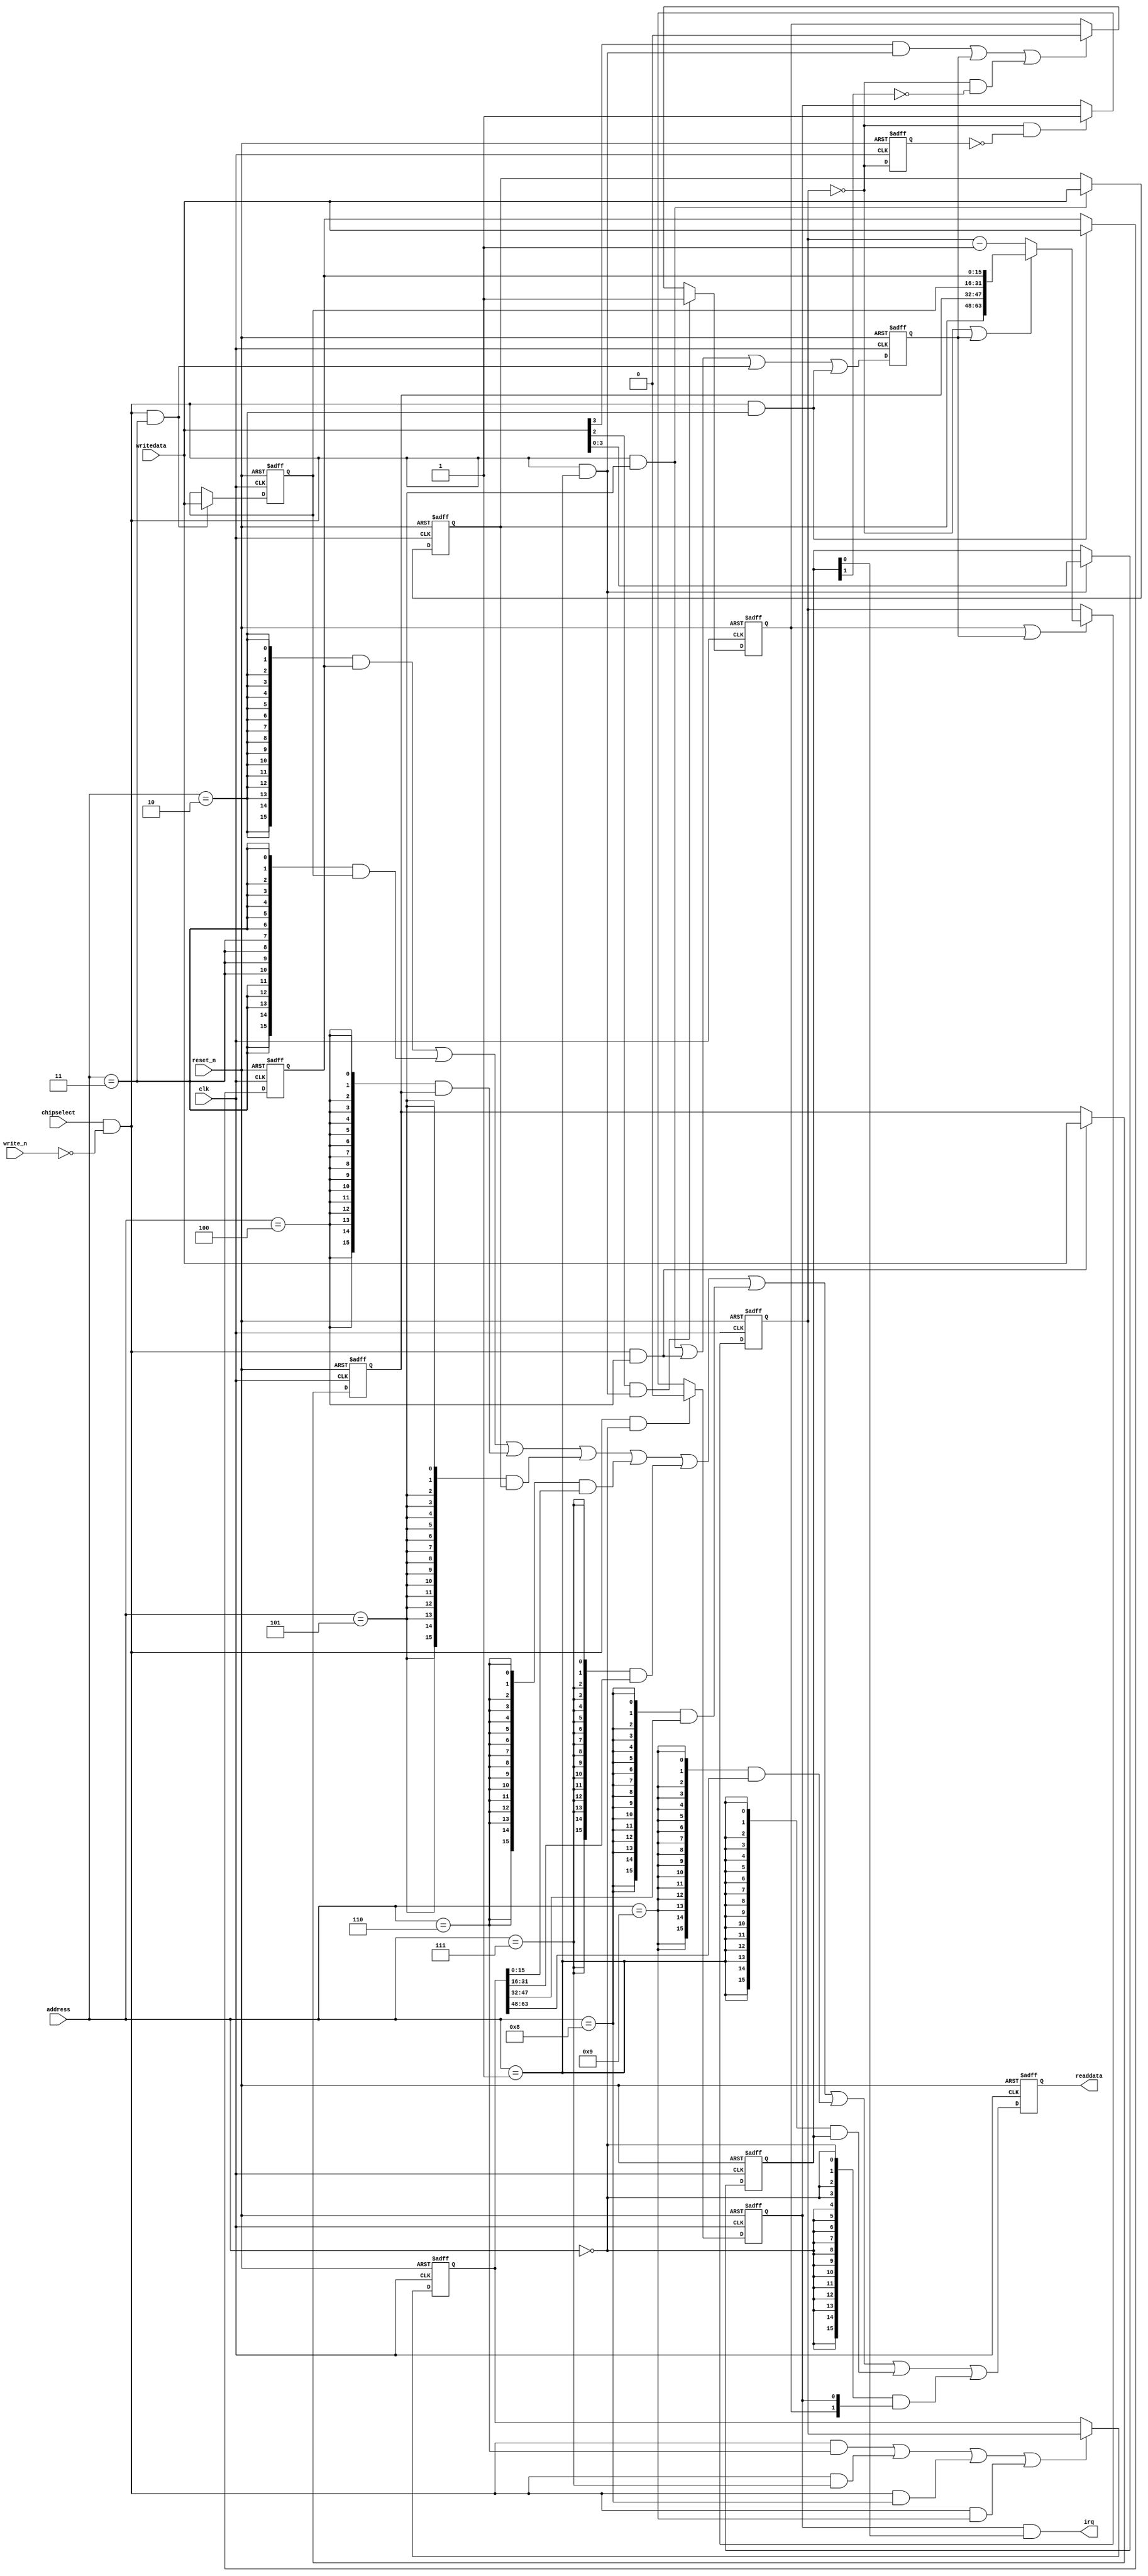
//Legal Notice: (C)2023 Altera Corporation. All rights reserved.  Your
//use of Altera Corporation's design tools, logic functions and other
//software and tools, and its AMPP partner logic functions, and any
//output files any of the foregoing (including device programming or
//simulation files), and any associated documentation or information are
//expressly subject to the terms and conditions of the Altera Program
//License Subscription Agreement or other applicable license agreement,
//including, without limitation, that your use is for the sole purpose
//of programming logic devices manufactured by Altera and sold by Altera
//or its authorized distributors.  Please refer to the applicable
//agreement for further details.

// synthesis translate_off
`timescale 1ns / 1ps
// synthesis translate_on

// turn off superfluous verilog processor warnings 
// altera message_level Level1 
// altera message_off 10034 10035 10036 10037 10230 10240 10030 

module lab62soc_timer_0 (
                          // inputs:
                           address,
                           chipselect,
                           clk,
                           reset_n,
                           write_n,
                           writedata,

                          // outputs:
                           irq,
                           readdata
                        )
;

  output           irq;
  output  [ 15: 0] readdata;
  input   [  3: 0] address;
  input            chipselect;
  input            clk;
  input            reset_n;
  input            write_n;
  input   [ 15: 0] writedata;


wire             clk_en;
wire             control_continuous;
wire             control_interrupt_enable;
reg     [  3: 0] control_register;
wire             control_wr_strobe;
reg              counter_is_running;
wire             counter_is_zero;
wire    [ 63: 0] counter_load_value;
reg     [ 63: 0] counter_snapshot;
reg              delayed_unxcounter_is_zeroxx0;
wire             do_start_counter;
wire             do_stop_counter;
reg              force_reload;
reg     [ 63: 0] internal_counter;
wire             irq;
reg     [ 15: 0] period_halfword_0_register;
wire             period_halfword_0_wr_strobe;
reg     [ 15: 0] period_halfword_1_register;
wire             period_halfword_1_wr_strobe;
reg     [ 15: 0] period_halfword_2_register;
wire             period_halfword_2_wr_strobe;
reg     [ 15: 0] period_halfword_3_register;
wire             period_halfword_3_wr_strobe;
wire    [ 15: 0] read_mux_out;
reg     [ 15: 0] readdata;
wire             snap_halfword_0_wr_strobe;
wire             snap_halfword_1_wr_strobe;
wire             snap_halfword_2_wr_strobe;
wire             snap_halfword_3_wr_strobe;
wire    [ 63: 0] snap_read_value;
wire             snap_strobe;
wire             start_strobe;
wire             status_wr_strobe;
wire             stop_strobe;
wire             timeout_event;
reg              timeout_occurred;
  assign clk_en = 1;
  always @(posedge clk or negedge reset_n)
    begin
      if (reset_n == 0)
          internal_counter <= 64'hC34F;
      else if (counter_is_running || force_reload)
          if (counter_is_zero    || force_reload)
              internal_counter <= counter_load_value;
          else 
            internal_counter <= internal_counter - 1;
    end


  assign counter_is_zero = internal_counter == 0;
  assign counter_load_value = {period_halfword_3_register,
    period_halfword_2_register,
    period_halfword_1_register,
    period_halfword_0_register};

  always @(posedge clk or negedge reset_n)
    begin
      if (reset_n == 0)
          force_reload <= 0;
      else if (clk_en)
          force_reload <= period_halfword_3_wr_strobe || period_halfword_2_wr_strobe || period_halfword_1_wr_strobe || period_halfword_0_wr_strobe;
    end


  assign do_start_counter = start_strobe;
  assign do_stop_counter = (stop_strobe                            ) ||
    (force_reload                           ) ||
    (counter_is_zero && ~control_continuous );

  always @(posedge clk or negedge reset_n)
    begin
      if (reset_n == 0)
          counter_is_running <= 1'b0;
      else if (clk_en)
          if (do_start_counter)
              counter_is_running <= -1;
          else if (do_stop_counter)
              counter_is_running <= 0;
    end


  //delayed_unxcounter_is_zeroxx0, which is an e_register
  always @(posedge clk or negedge reset_n)
    begin
      if (reset_n == 0)
          delayed_unxcounter_is_zeroxx0 <= 0;
      else if (clk_en)
          delayed_unxcounter_is_zeroxx0 <= counter_is_zero;
    end


  assign timeout_event = (counter_is_zero) & ~(delayed_unxcounter_is_zeroxx0);
  always @(posedge clk or negedge reset_n)
    begin
      if (reset_n == 0)
          timeout_occurred <= 0;
      else if (clk_en)
          if (status_wr_strobe)
              timeout_occurred <= 0;
          else if (timeout_event)
              timeout_occurred <= -1;
    end


  assign irq = timeout_occurred && control_interrupt_enable;
  //s1, which is an e_avalon_slave
  assign read_mux_out = ({16 {(address == 2)}} & period_halfword_0_register) |
    ({16 {(address == 3)}} & period_halfword_1_register) |
    ({16 {(address == 4)}} & period_halfword_2_register) |
    ({16 {(address == 5)}} & period_halfword_3_register) |
    ({16 {(address == 6)}} & snap_read_value[15 : 0]) |
    ({16 {(address == 7)}} & snap_read_value[31 : 16]) |
    ({16 {(address == 8)}} & snap_read_value[47 : 32]) |
    ({16 {(address == 9)}} & snap_read_value[63 : 48]) |
    ({16 {(address == 1)}} & control_register) |
    ({16 {(address == 0)}} & {counter_is_running,
    timeout_occurred});

  always @(posedge clk or negedge reset_n)
    begin
      if (reset_n == 0)
          readdata <= 0;
      else if (clk_en)
          readdata <= read_mux_out;
    end


  assign period_halfword_0_wr_strobe = chipselect && ~write_n && (address == 2);
  assign period_halfword_1_wr_strobe = chipselect && ~write_n && (address == 3);
  assign period_halfword_2_wr_strobe = chipselect && ~write_n && (address == 4);
  assign period_halfword_3_wr_strobe = chipselect && ~write_n && (address == 5);
  always @(posedge clk or negedge reset_n)
    begin
      if (reset_n == 0)
          period_halfword_0_register <= 16'hC34F;
      else if (period_halfword_0_wr_strobe)
          period_halfword_0_register <= writedata;
    end


  always @(posedge clk or negedge reset_n)
    begin
      if (reset_n == 0)
          period_halfword_1_register <= 16'h0;
      else if (period_halfword_1_wr_strobe)
          period_halfword_1_register <= writedata;
    end


  always @(posedge clk or negedge reset_n)
    begin
      if (reset_n == 0)
          period_halfword_2_register <= 16'h0;
      else if (period_halfword_2_wr_strobe)
          period_halfword_2_register <= writedata;
    end


  always @(posedge clk or negedge reset_n)
    begin
      if (reset_n == 0)
          period_halfword_3_register <= 16'h0;
      else if (period_halfword_3_wr_strobe)
          period_halfword_3_register <= writedata;
    end


  assign snap_halfword_0_wr_strobe = chipselect && ~write_n && (address == 6);
  assign snap_halfword_1_wr_strobe = chipselect && ~write_n && (address == 7);
  assign snap_halfword_2_wr_strobe = chipselect && ~write_n && (address == 8);
  assign snap_halfword_3_wr_strobe = chipselect && ~write_n && (address == 9);
  assign snap_strobe = snap_halfword_0_wr_strobe ||snap_halfword_1_wr_strobe ||snap_halfword_2_wr_strobe ||snap_halfword_3_wr_strobe;
  always @(posedge clk or negedge reset_n)
    begin
      if (reset_n == 0)
          counter_snapshot <= 0;
      else if (snap_strobe)
          counter_snapshot <= internal_counter;
    end


  assign snap_read_value = counter_snapshot;
  assign control_wr_strobe = chipselect && ~write_n && (address == 1);
  always @(posedge clk or negedge reset_n)
    begin
      if (reset_n == 0)
          control_register <= 0;
      else if (control_wr_strobe)
          control_register <= writedata[3 : 0];
    end


  assign stop_strobe = writedata[3] && control_wr_strobe;
  assign start_strobe = writedata[2] && control_wr_strobe;
  assign control_continuous = control_register[1];
  assign control_interrupt_enable = control_register[0];
  assign status_wr_strobe = chipselect && ~write_n && (address == 0);

endmodule